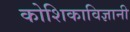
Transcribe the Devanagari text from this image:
कोशिकाविज्ञानी